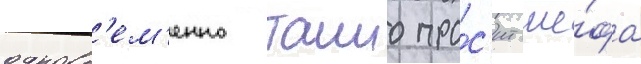
одновр'ем'енно таино про́с'ит ше́фа